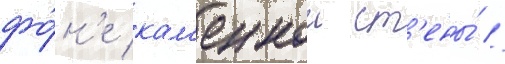
фо́н'е кам'еннои ст'ены́ //